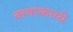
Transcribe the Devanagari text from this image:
कथाकाव्ये